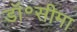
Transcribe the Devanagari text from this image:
डॉ॰सीमा